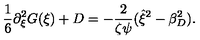
\frac { 1 } { 6 } \partial _ { \xi } ^ { 2 } G ( \xi ) + D = - \frac { 2 } { \zeta \psi } ( \hat { \xi } ^ { 2 } - \beta _ { D } ^ { 2 } ) .